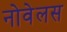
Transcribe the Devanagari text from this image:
नोवेलस